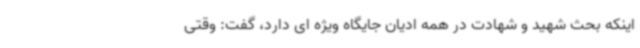
اینکه بحث شهید و شهادت در همه ادیان جایگاه ویژه ای دارد، گفت: وقتی